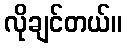
လိုချင်တယ်။